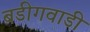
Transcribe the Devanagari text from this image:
बडीगवाडी